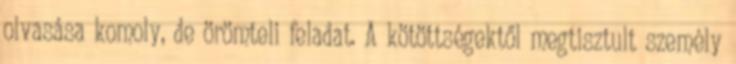
olvasása komoly, de örömteli feladat. A kötöttségektől megtisztult személy